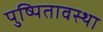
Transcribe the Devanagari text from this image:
पुष्पितावस्था